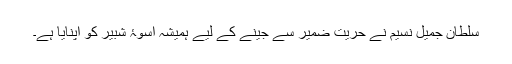
سلطان جمیل نسیم نے حریت ضمیر سے جینے کے لیے ہمیشہ اسوۂ شبیرؑ کو اپنایا ہے۔